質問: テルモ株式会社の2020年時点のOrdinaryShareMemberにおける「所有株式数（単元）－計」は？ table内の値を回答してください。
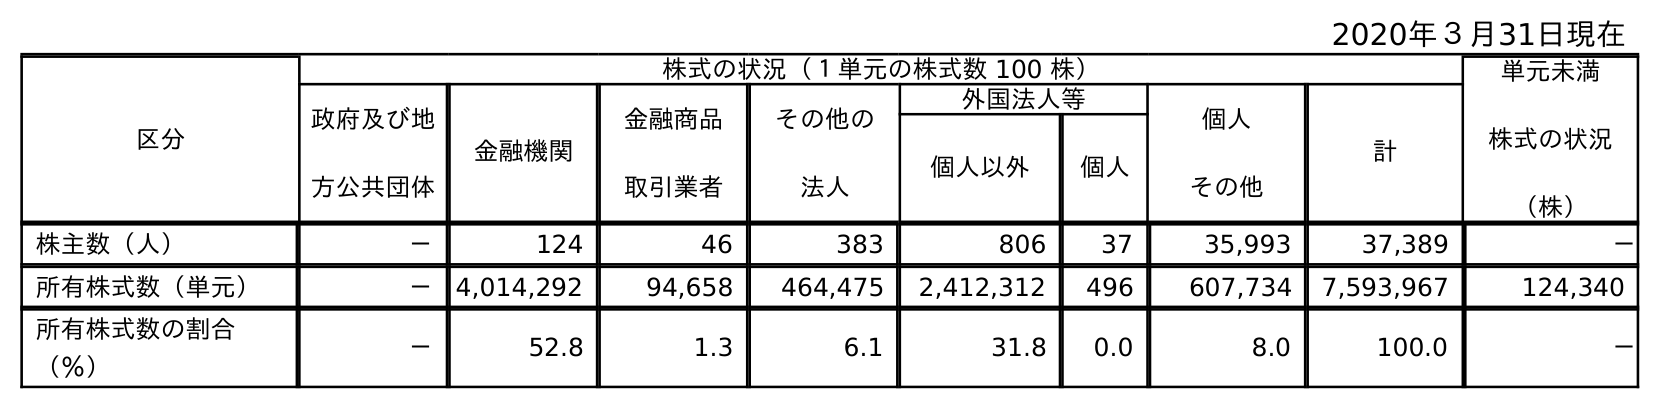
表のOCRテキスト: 2020年３月31日現在 区分 株式の状況（１単元の株式数 100 株） 単元未満 株式の状況 （株） 政府及び地 方公共団体 金融機関 金融商品 取引業者 その他の 法人 外国法人等 個人 その他 計 個人以外 個人 株主数（人） － 124 46 383 806 37 35,993 37,389 － 所有株式数（単元） － 4,014,292 94,658 464,475 2,412,312 496 607,734 7,593,967 124,340 所有株式数の割合 （％） － 52.8 1.3 6.1 31.8 0.0 8.0 100.0 －
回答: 7,593,967